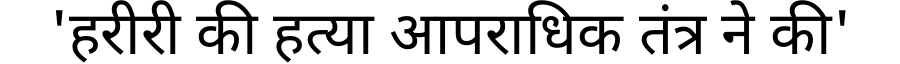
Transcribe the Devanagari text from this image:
'हरीरी की हत्या आपराधिक तंत्र ने की'